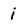
Character: i